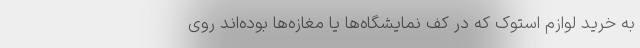
به خرید لوازم استوک که در کف نمایشگاه‌ها یا مغازه‌ها بوده‌اند روی